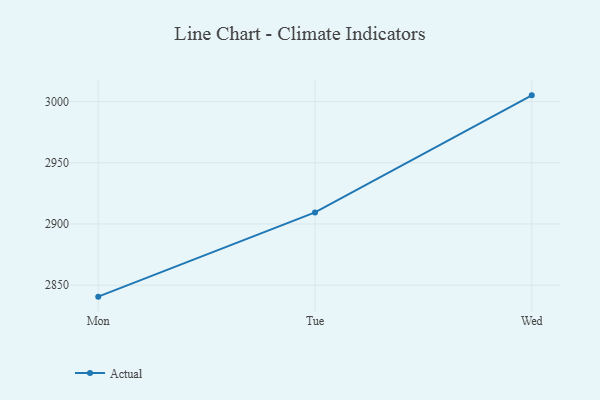
{"axis": {"x": "Day", "y": "Satisfaction Score"}, "legend": ["Actual"], "data": [{"x": "Mon", "y": 2840.6, "type": "Actual"}, {"x": "Tue", "y": 2909.4, "type": "Actual"}, {"x": "Wed", "y": 3005.1, "type": "Actual"}]}